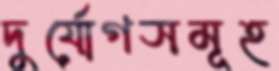
দুর্যোগসমূহ